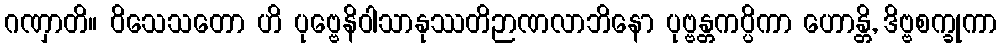
ဂဏှာတိ။ ဝိသေသတော ဟိ ပုဗ္ဗေနိဝါသာနုဿတိဉာဏလာဘိနော ပုဗ္ဗန္တကပ္ပိကာ ဟောန္တိ, ဒိဗ္ဗစက္ခုကာ